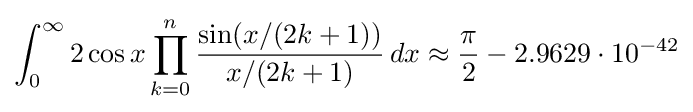
\int _{0}^{\infty }2\cos x\prod _{k=0}^{n}{\frac {\sin(x/(2k+1))}{x/(2k+1)}}\,dx\approx {\frac {\pi }{2}}-2.9629\cdot 10^{-42}